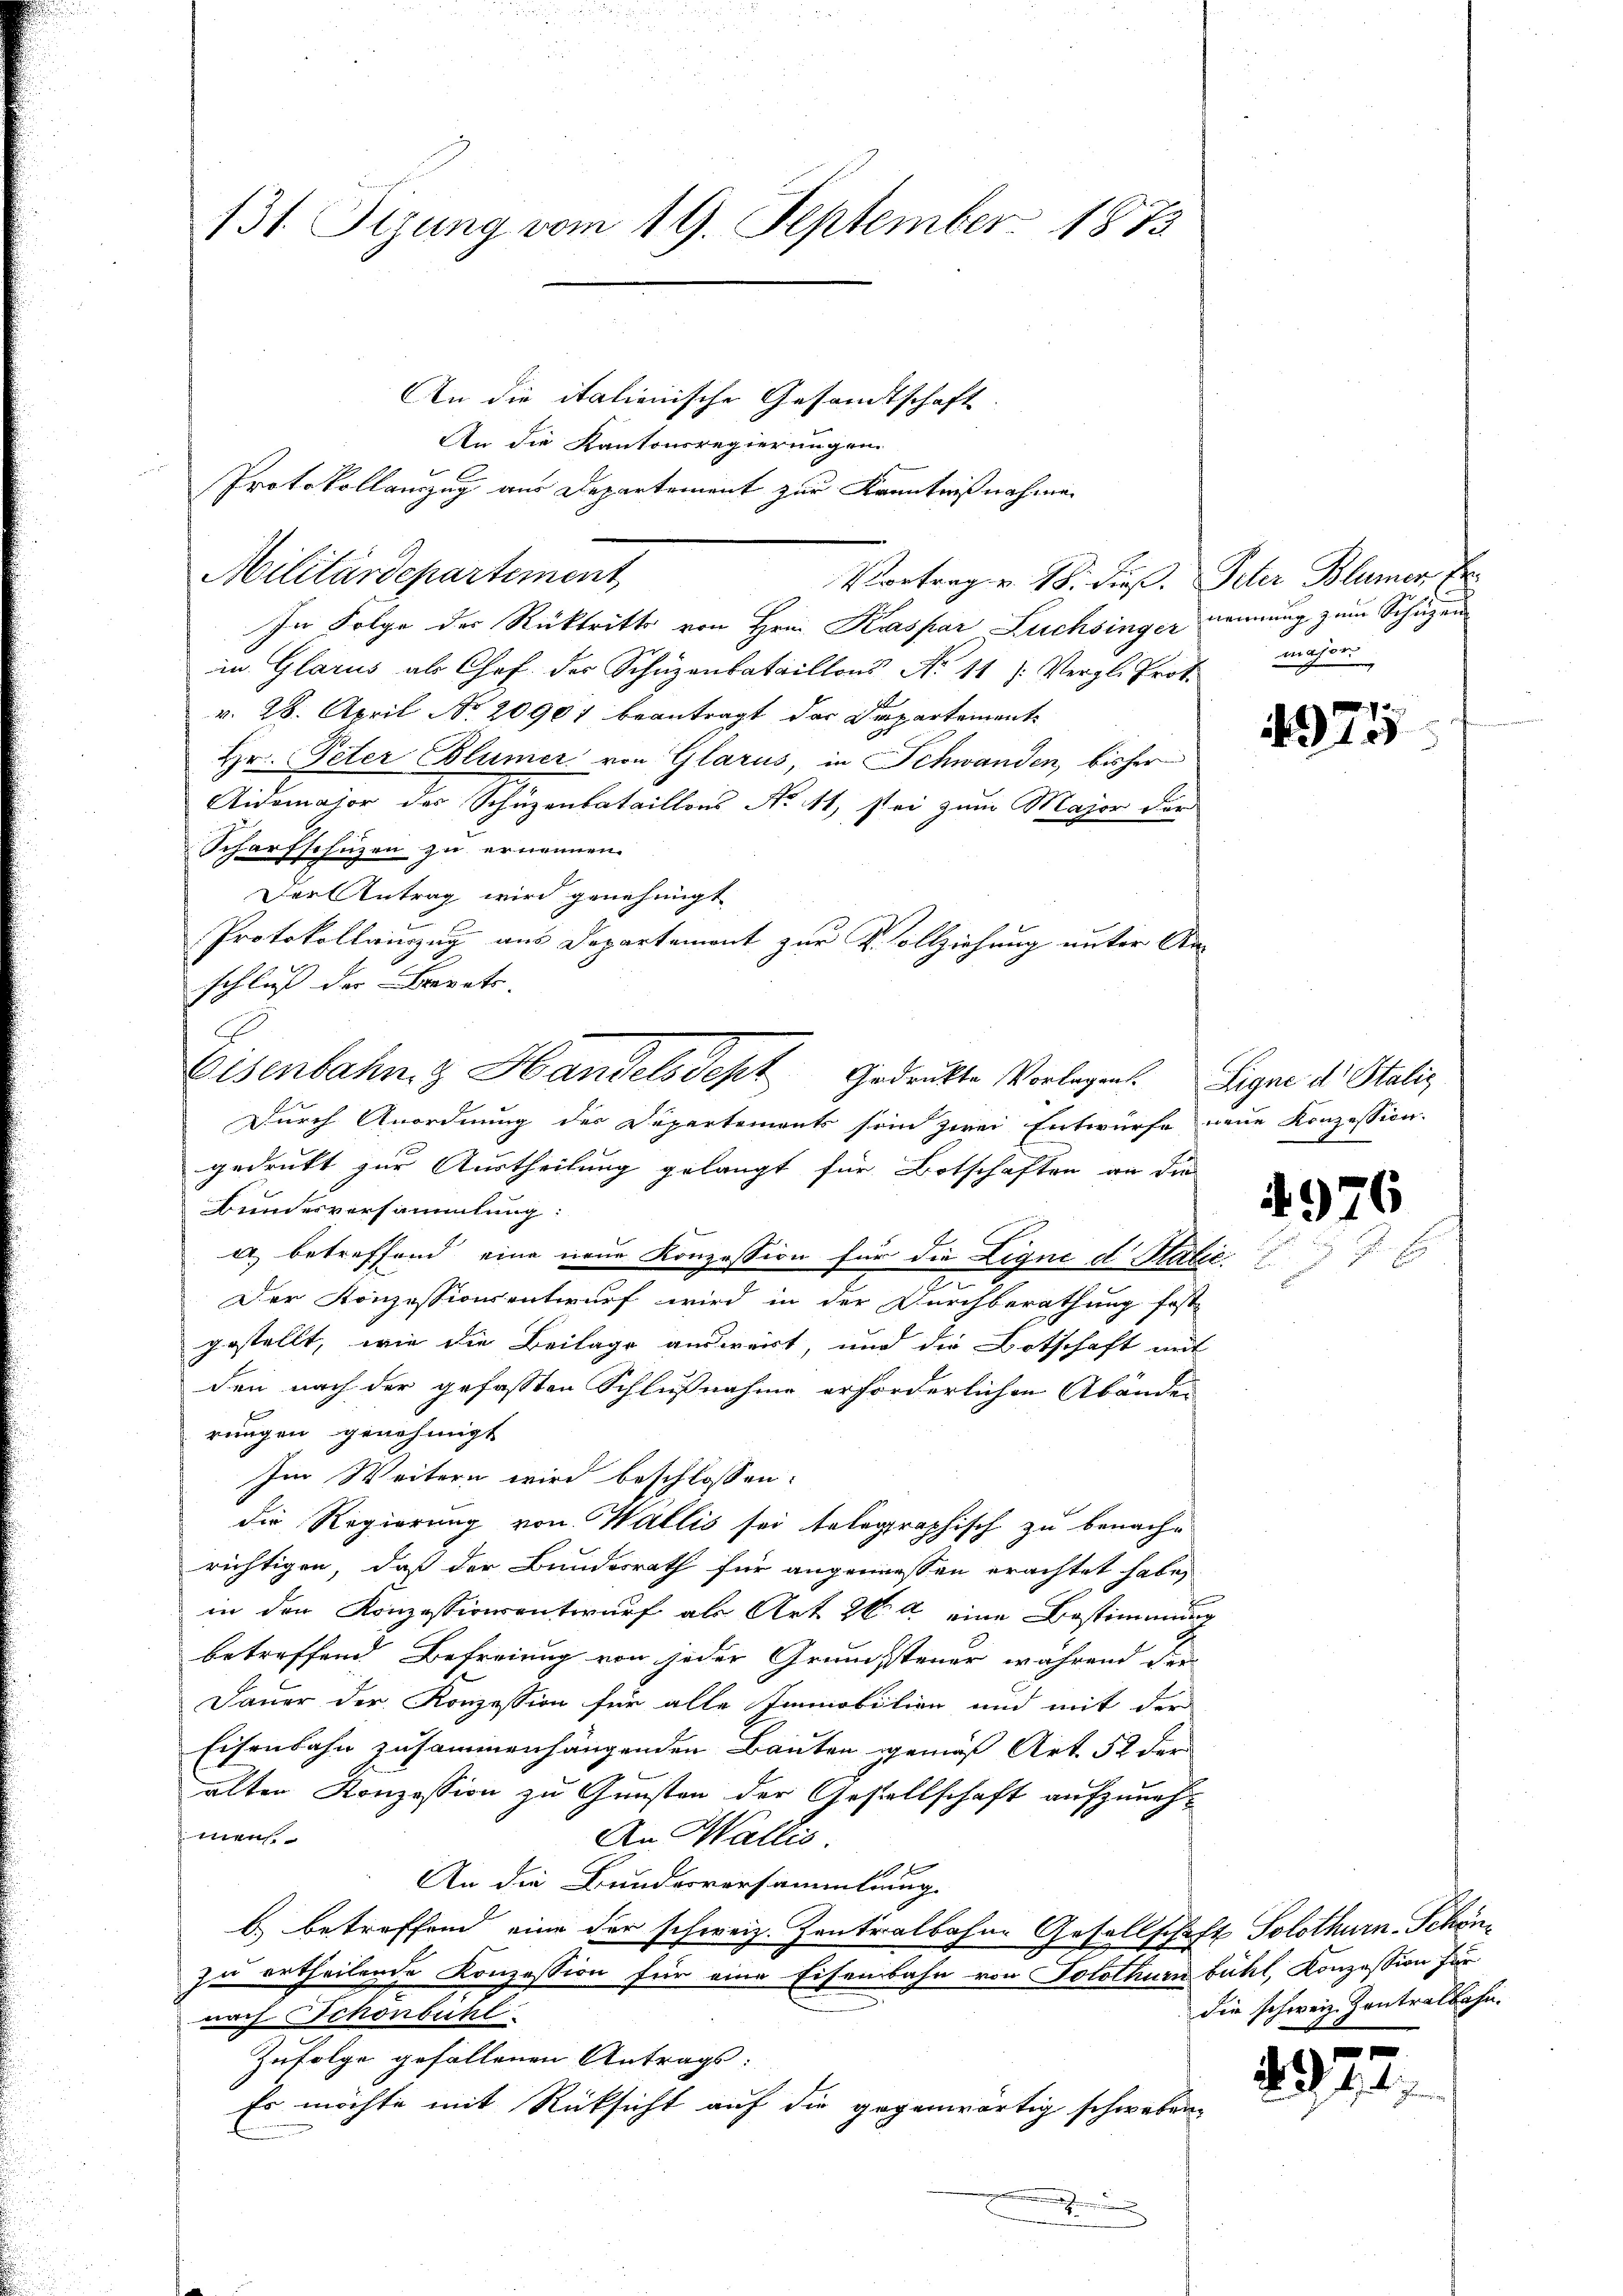
131 Sizung vom 19. September 1873

An die italienische Gesandtschaft.
An die Kantonsregierungen
Protokollauszug aus Departement zur Kenntnißnahmen
Militärdepartement
In Folge der Rücktritte von Hrn. Kaspar Lüchsinger kennung zum Schutzen
in Glarus als Chef der Schüzenbataillons No 11 ): Vergl. Prot.
v. 28. April No 20901 beantragt der Departement
Hr. Peter Blümer von Glarus, in Schwanden, bisher
Aidomaior des Schäzenbataillons No 11, sei zum Major der
Scharfschuzen zu ernennen.
Der Antrag wird genehmigt
u
Protokollinzug aus Departement zur Vollziehung unter An-
schluß der Brevets |
Durch Anordnung des Departements sein zwei Entwürfe neue Konzession.
gedrukt zur Austheilung gelangt für Botschaften an die
Bundesversammlung:
a) betreffend eine neue Konzession für die Ligné d Salić
2
Der Konzessionsentwurf wird in der Durchberathung fest
gestellt, wie die Beilage ausweist, und die Botschaft mit
den nach der gefassten Schlußnahme erforderlichen Abänder
rungen genehmigt
Im Weitern wird beschlossen:
die Regierung von Wallis sei telegraphisch zu benachrichtigen, daß der Bundesrath für angemessen erachtet habe,
in den Konzessionsentwurf als Art. 262 eine Bestimmung
betreffend Befreiung von jeder Grundssteuer während der
Dauer der Konzession für alle Immobilien und mit der
Eisenbahn zusammenhängenden Bauten gemäß Art. 52 der
alten Konzession zu Gunsten der Gesellschaft aufzuneht
An Wallis.
10
An die Bundesversammlung.
b) betreffend eine der schweiz. Zentralbahne Gesellschaft Solothurn-Schönzu ertheilende Konzession für eine Eisenbahn von Solothurn bühl, Konzession für
nach Schönbuhl
Zufolge gefallenen Antrags:
Es möchte mit Rücksicht auf die gegenwärtig schwaben.

Vortrag u. 18. dieß. Peter Blümer Er

Eisenbahn & Handelsdest gedruckte Vorlagen. Signe des Stalig

mson

4375

4976

die schweiz. Zentralbahn.

)